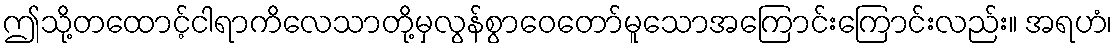
ဤသို့တထောင့်ငါရာကိလေသာတို့မှလွန်စွာဝေတော်မူသောအကြောင်းကြောင်းလည်း။ အရဟံ၊